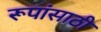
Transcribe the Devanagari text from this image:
रूपांसाठी